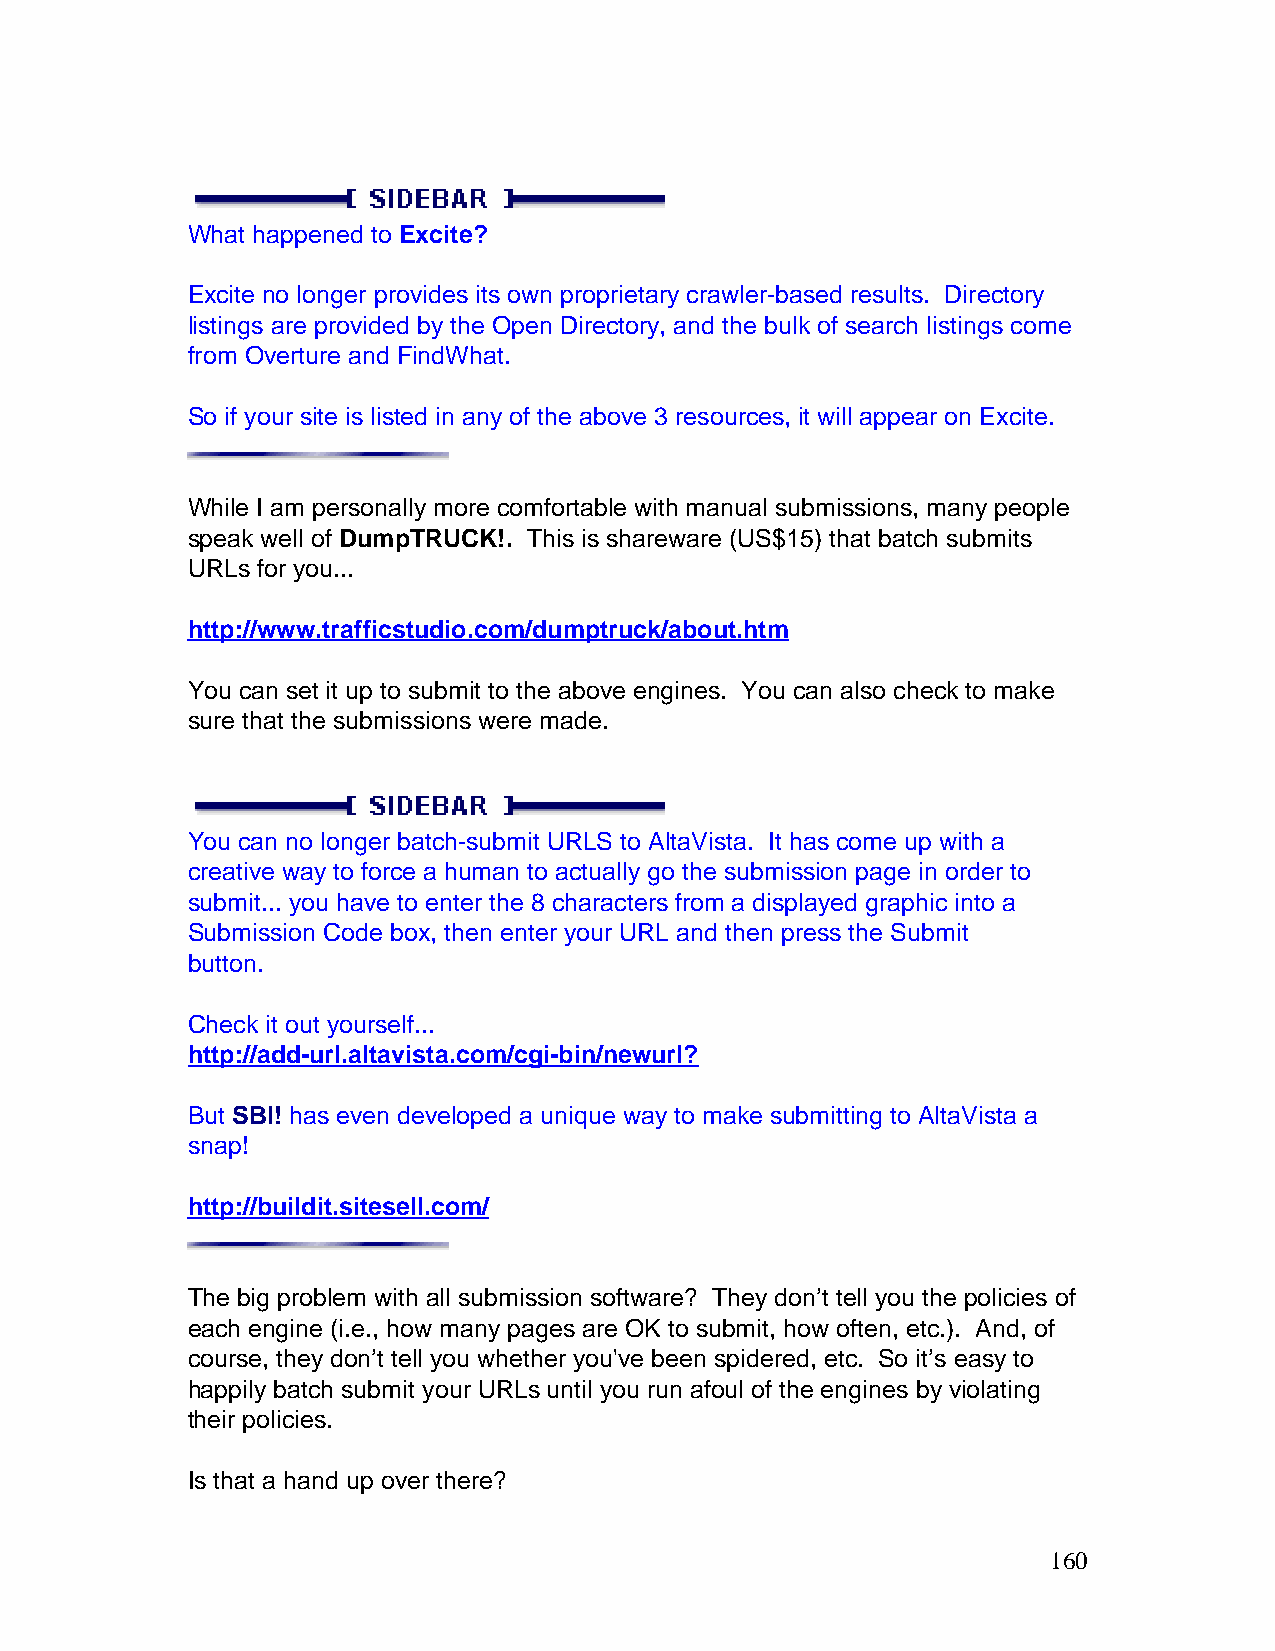
What happened to Excite?
 Excite no longer provides its own proprietary crawler-based results. Directory
 listings are provided by the Open Directory, and the bulk of search listings come
 from Overture and FindWhat.
 So if your site is listed in any of the above 3 resources, it will appear on Excite.
 While I am personally more comfortable with manual submissions, many people
 speak well of DumpTRUCK!. This is shareware (US$15) that batch submits
 URLs for you...
 http://www.trafficstudio.com/dumptruck/about.htm
 You can set it up to submit to the above engines. You can also check to make
 sure that the submissions were made.
 You can no longer batch-submit URLS to AltaVista. It has come up with a
 creative way to force a human to actually go the submission page in order to
 submit... you have to enter the 8 characters from a displayed graphic into a
 Submission Code box, then enter your URL and then press the Submit
 button.
 Check it out yourself...
 http://add-url.altavista.com/cgi-bin/newurl?
 But SBI! has even developed a unique way to make submitting to AltaVista a
 snap!
 http://buildit.sitesell.com/
 The big problem with all submission software? They don’t tell you the policies of
 each engine (i.e., how many pages are OK to submit, how often, etc.). And, of
 course, they don’t tell you whether you've been spidered, etc. So it’s easy to
 happily batch submit your URLs until you run afoul of the engines by violating
 their policies.
 Is that a hand up over there?
 160